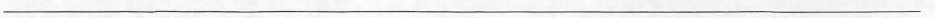
___